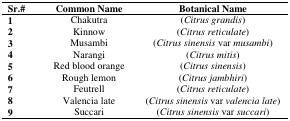
<table><thead><tr><td><b>Sr.#</b></td><td><b>Common Name</b></td><td><b>Botanical Name</b></td></tr></thead><tbody><tr><td><b>1</b></td><td>Chakutra</td><td>(<i>Citrus grandis</i>)</td></tr><tr><td><b>2</b></td><td>Kinnow</td><td>(<i>Citrus reticulate</i>)</td></tr><tr><td><b>3</b></td><td>Musambi</td><td>(<i>Citrus sinensis</i> var <i>musambi</i>)</td></tr><tr><td><b>4</b></td><td>Narangi</td><td>(<i>Citrus mitis</i>)</td></tr><tr><td><b>5</b></td><td>Red blood orange</td><td>(<i>Citrus sinensis</i>)</td></tr><tr><td><b>6</b></td><td>Rough lemon</td><td>(<i>Citrus jambhiri</i>)</td></tr><tr><td><b>7</b></td><td>Feutrell</td><td>(<i>Citrus reticulate</i>)</td></tr><tr><td><b>8</b></td><td>Valencia late</td><td>(<i>Citrus sinensis</i> var <i>valencia late</i>)</td></tr><tr><td><b>9</b></td><td>Succari</td><td>(<i>Citrus sinensis</i> var <i>succari</i>)</td></tr></tbody></table>